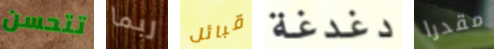
تتحسن ربما قبائل دغدغة مقدرا